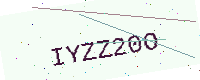
Text: IYZZ20O